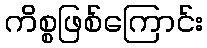
ကိစ္စဖြစ်ကြောင်း